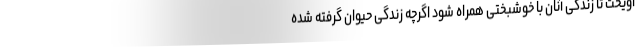
آویخت تا زندگی آنان با خوشبختی همراه شود اگرچه زندگی حیوان گرفته شده